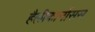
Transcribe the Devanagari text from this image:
हैलीकार्नासस